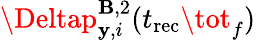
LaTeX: \Deltap_{\mathbf{y},i}^{\mathbf{{B}},2}(t_{\mathrm{{rec}}}\tot_{f})